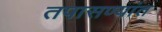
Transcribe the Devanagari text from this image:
तपासण्यांत